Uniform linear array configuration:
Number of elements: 48
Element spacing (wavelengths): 0.25
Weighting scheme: exponential
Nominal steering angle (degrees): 0
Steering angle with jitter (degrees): -0.7182
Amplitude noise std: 0.05
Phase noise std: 0.05

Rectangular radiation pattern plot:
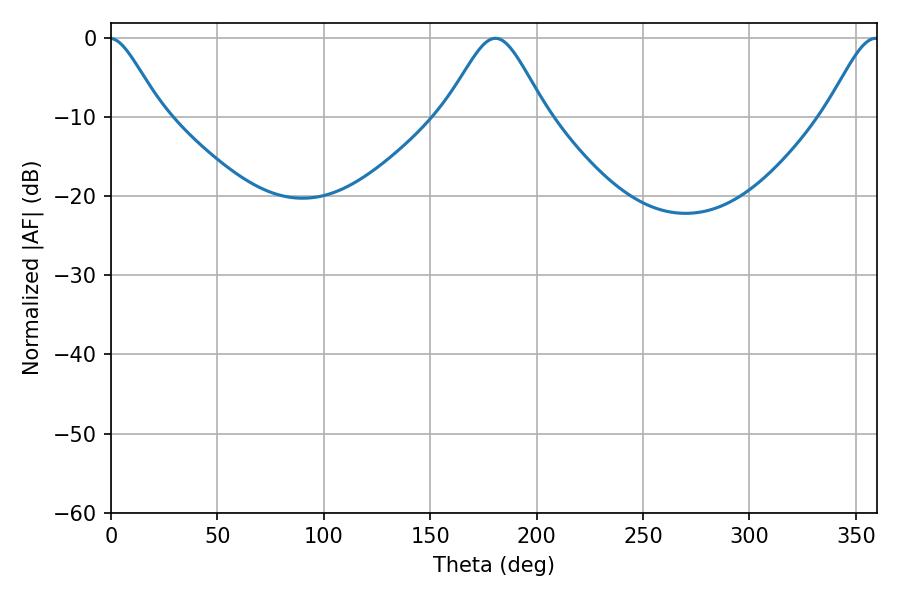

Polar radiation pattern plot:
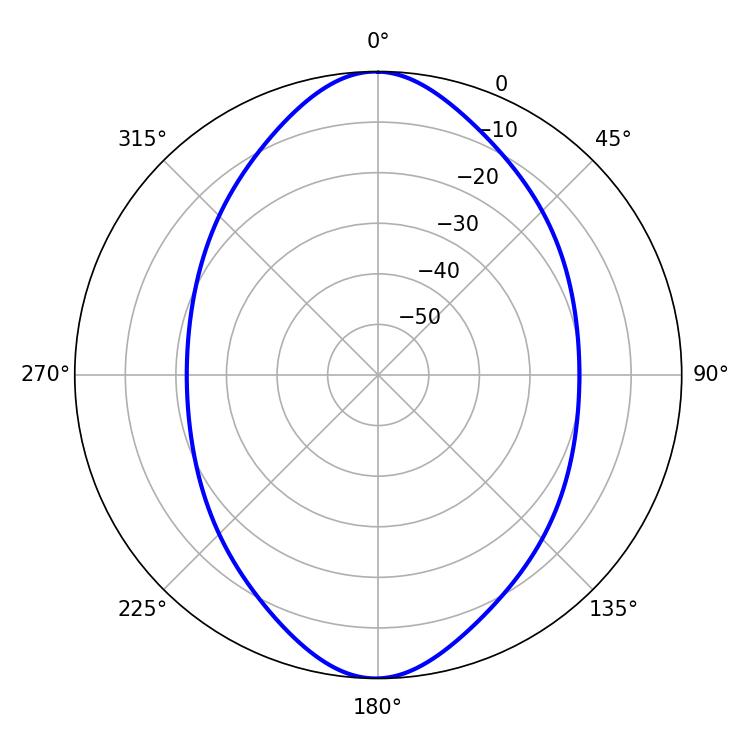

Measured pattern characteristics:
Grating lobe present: FALSE
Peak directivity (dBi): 24.532
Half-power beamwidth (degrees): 23.4
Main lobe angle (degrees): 180.72